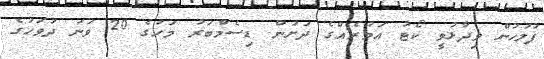
ފުލުހުން ވިދާޅުވީ ކޯޓު އަމުރެއްގެ ދަށުން ޑިސެމްބަރު މަހުގެ 20 ވަނަ ދުވަހުގެ